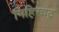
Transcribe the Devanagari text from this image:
मिहिरचंद्र